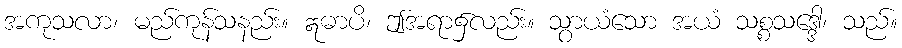
အကုသလာ၊ မည်ကုန်သနည်း။ ဣဓာပိ၊ ဤအရာ၌လည်း။ သွာယံသော အယံ သစ္စသဒ္ဒေါ၊ သည်။